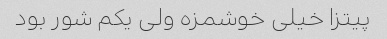
پیتزا خیلی خوشمزه ولی یکم شور بود